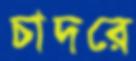
চাদরে